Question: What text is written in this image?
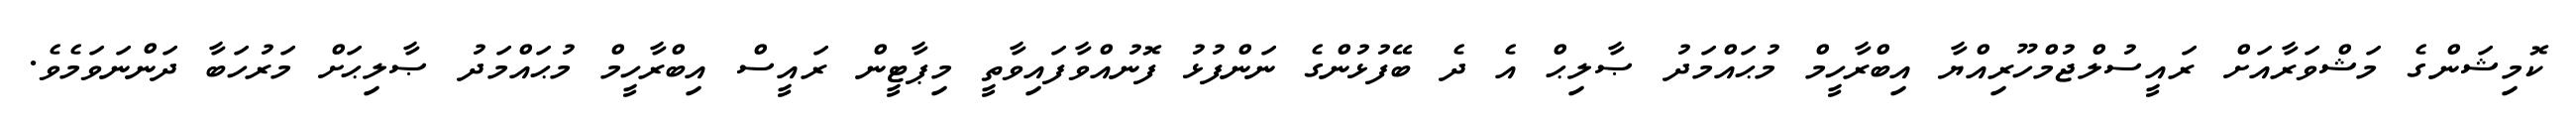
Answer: ކޮމިޝަންގެ މަޝްވަރާއަށް ރައީސުލްޖުމްހޫރިއްޔާ އިބްރާހީމް މުޙައްމަދު ޞާލިޙް އެ ދެ ބޭފުޅުންގެ ނަންފުޅު ފޮނުއްވާފައިވާތީ މިޕާޓީން ރައީސް އިބްރާހީމް މުޙައްމަދު ޞާލިޙަށް މަރުހަބާ ދަންނަވަމެވެ.